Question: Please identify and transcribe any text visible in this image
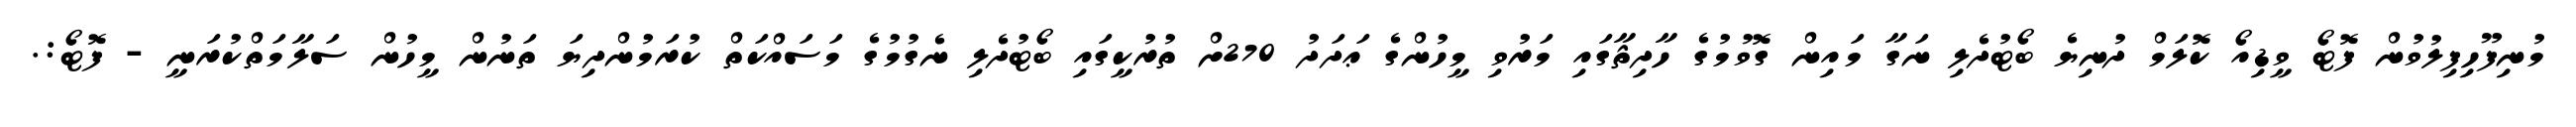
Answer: މުނިފޫހިފިލުވުން ފޮޓޯ ވީޑިއޯ ކޮލަމް ދުނިޔެ ބޯޓުދެލި ނަގާ މައިން ގޮވުމުގެ ހާދިޘާގައި މަރުވި މީހުންގެ ޢަދަދު 270ށް ތުރުކީގައި ބޯޓުދެލި ނެގުމުގެ މަސައްކަތް ކުރަމުންދިޔަ ތަނުން މީހުން ސަލާމަތްކުރަނީ - ފޮޓޯ:.